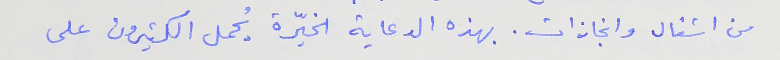
من اشغال وانجازات. بهذه الدعاية الخيّرة يُحمل الكثيرون على